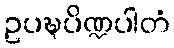
ဥပဍ္ဎပိဏ္ဍပါတံ